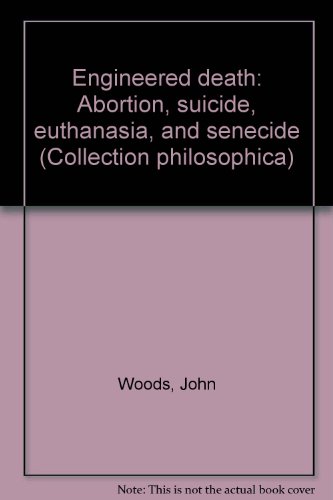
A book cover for Engineered death: Abortion, suicide, euthanasia, and senecide (Collection Philosophica); John Hayden Woods; Medical Books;